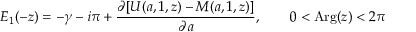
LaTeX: E _ { 1 } ( - z ) = - \gamma - i \pi + { \frac { \partial [ U ( a , 1 , z ) - M ( a , 1 , z ) ] } { \partial a } } , \qquad 0 < \mathrm { { A r g } } ( z ) < 2 \pi